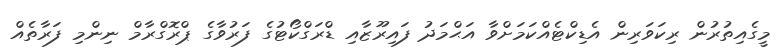
މީގެއިތުރުން ރިކަވަރިން އެޑިކްޓެއްކަމަށްވާ އަޙްމަދު ފައިރޫޒާއި ޑްރަގްކޯޓުގެ ފަރުވާގެ ޕްރޮގްރާމް ނިންމި ފަރާތެއް